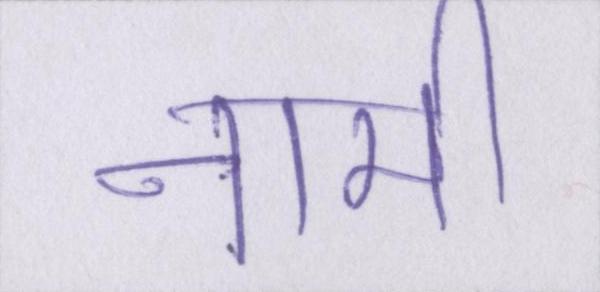
नामी